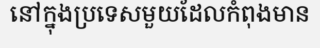
នៅក្នុងប្រទេសមួយដែលកំពុងមាន